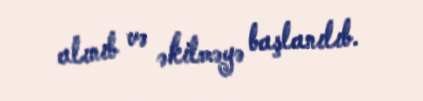
alınıb və əkilməyə başlanılıb.